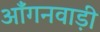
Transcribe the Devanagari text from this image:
आँगनवाड़ी